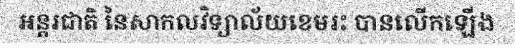
អន្តរជាតិ នៃសាកលវិទ្យាល័យខេមរះ បានលើកឡើង